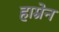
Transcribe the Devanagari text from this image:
हाम्रेन